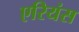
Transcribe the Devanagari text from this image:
एरियंस